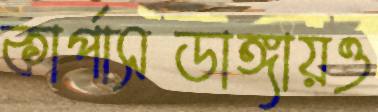
কার্পাসডাঙ্গায়ও